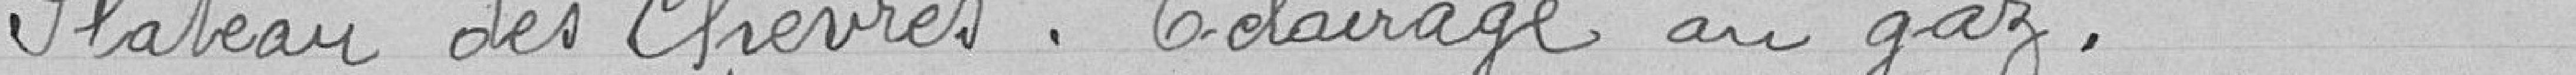
Plateau des Chèvres. Eclairage au gaz.